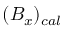
( B _ { x } ) _ { c a l }